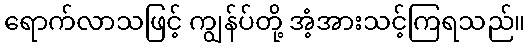
ရောက်လာသဖြင့် ကျွန်ပ်တို့ အံ့အားသင့်ကြရသည်။